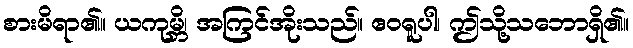
စားမိရာ၏။ ယကုမ္ဘိ၊ အကြင်အိုးသည်။ ဧဝရူပါ၊ ဤသို့သဘောရှိ၏။